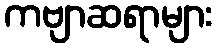
ကဗျာဆရာများ